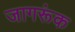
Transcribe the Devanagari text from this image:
जागरूंक